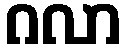
ဂလာ